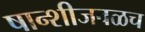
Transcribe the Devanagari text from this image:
षान्शीजवळच